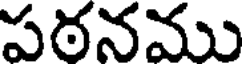
పఠనము